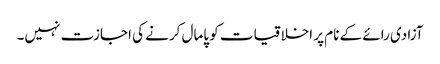
آزادی رائے کے نام پر اخلاقیات کو پامال کرنے کی اجازت نہیں۔